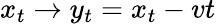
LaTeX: x_{t}\to y_{t}=x_{t}-vt